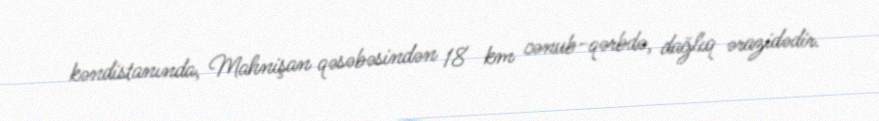
kəndistanında, Mahnişan qəsəbəsindən 18 km cənub-qərbdə, dağlıq ərazidədir.